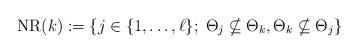
LaTeX: \begin{align*}\operatorname{NR}(k) := \{j \in \{1,\dots,\ell\};\; \Theta_j \nsubseteq \Theta_k, \Theta_k \nsubseteq \Theta_j\}\end{align*}